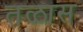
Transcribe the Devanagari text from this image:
तळास